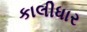
કાલીધાર